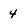
Character: 4